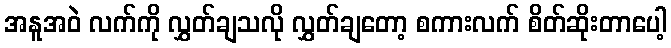
အနူအဝဲ လက်ကို လွှတ်ချသလို လွှတ်ချတော့ စကားလက် စိတ်ဆိုးတာပေါ့